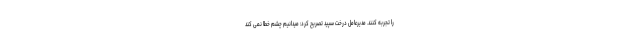
را تجربه کنند. مدیرعامل درخت سپید تصریح کرد: میدانیم چشم خطا نمی کند